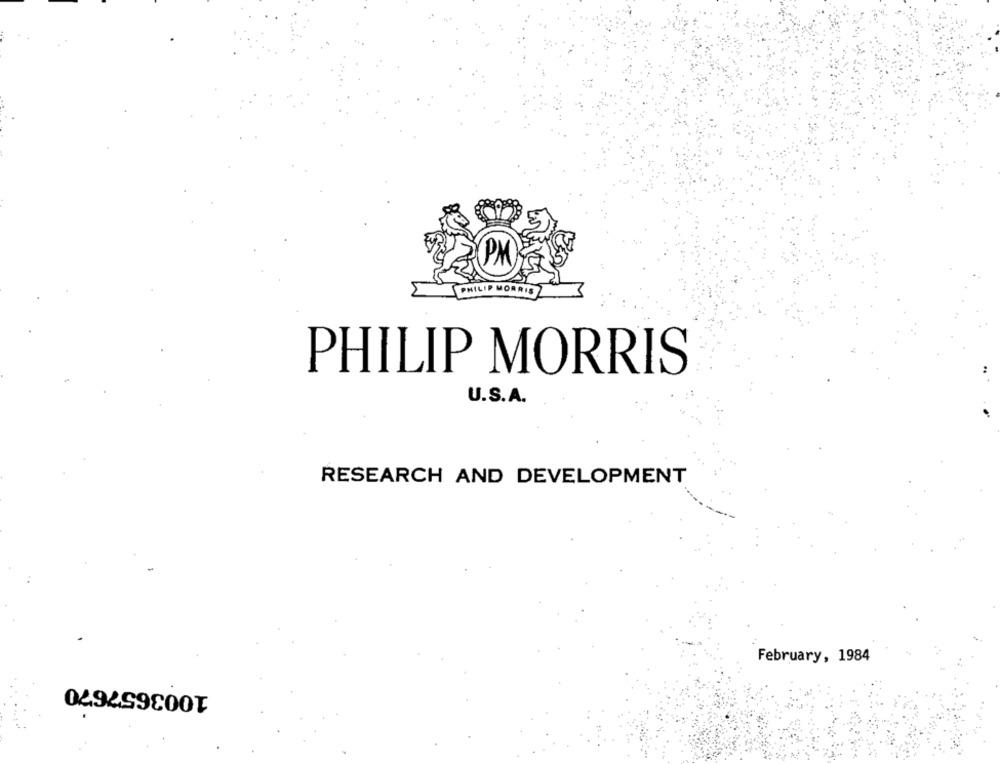
PHILIP MORRIS
U.S.A.
RESEARCH AND DEVELOPMENT
February, 1984
1003657670